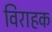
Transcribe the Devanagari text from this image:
विराहक